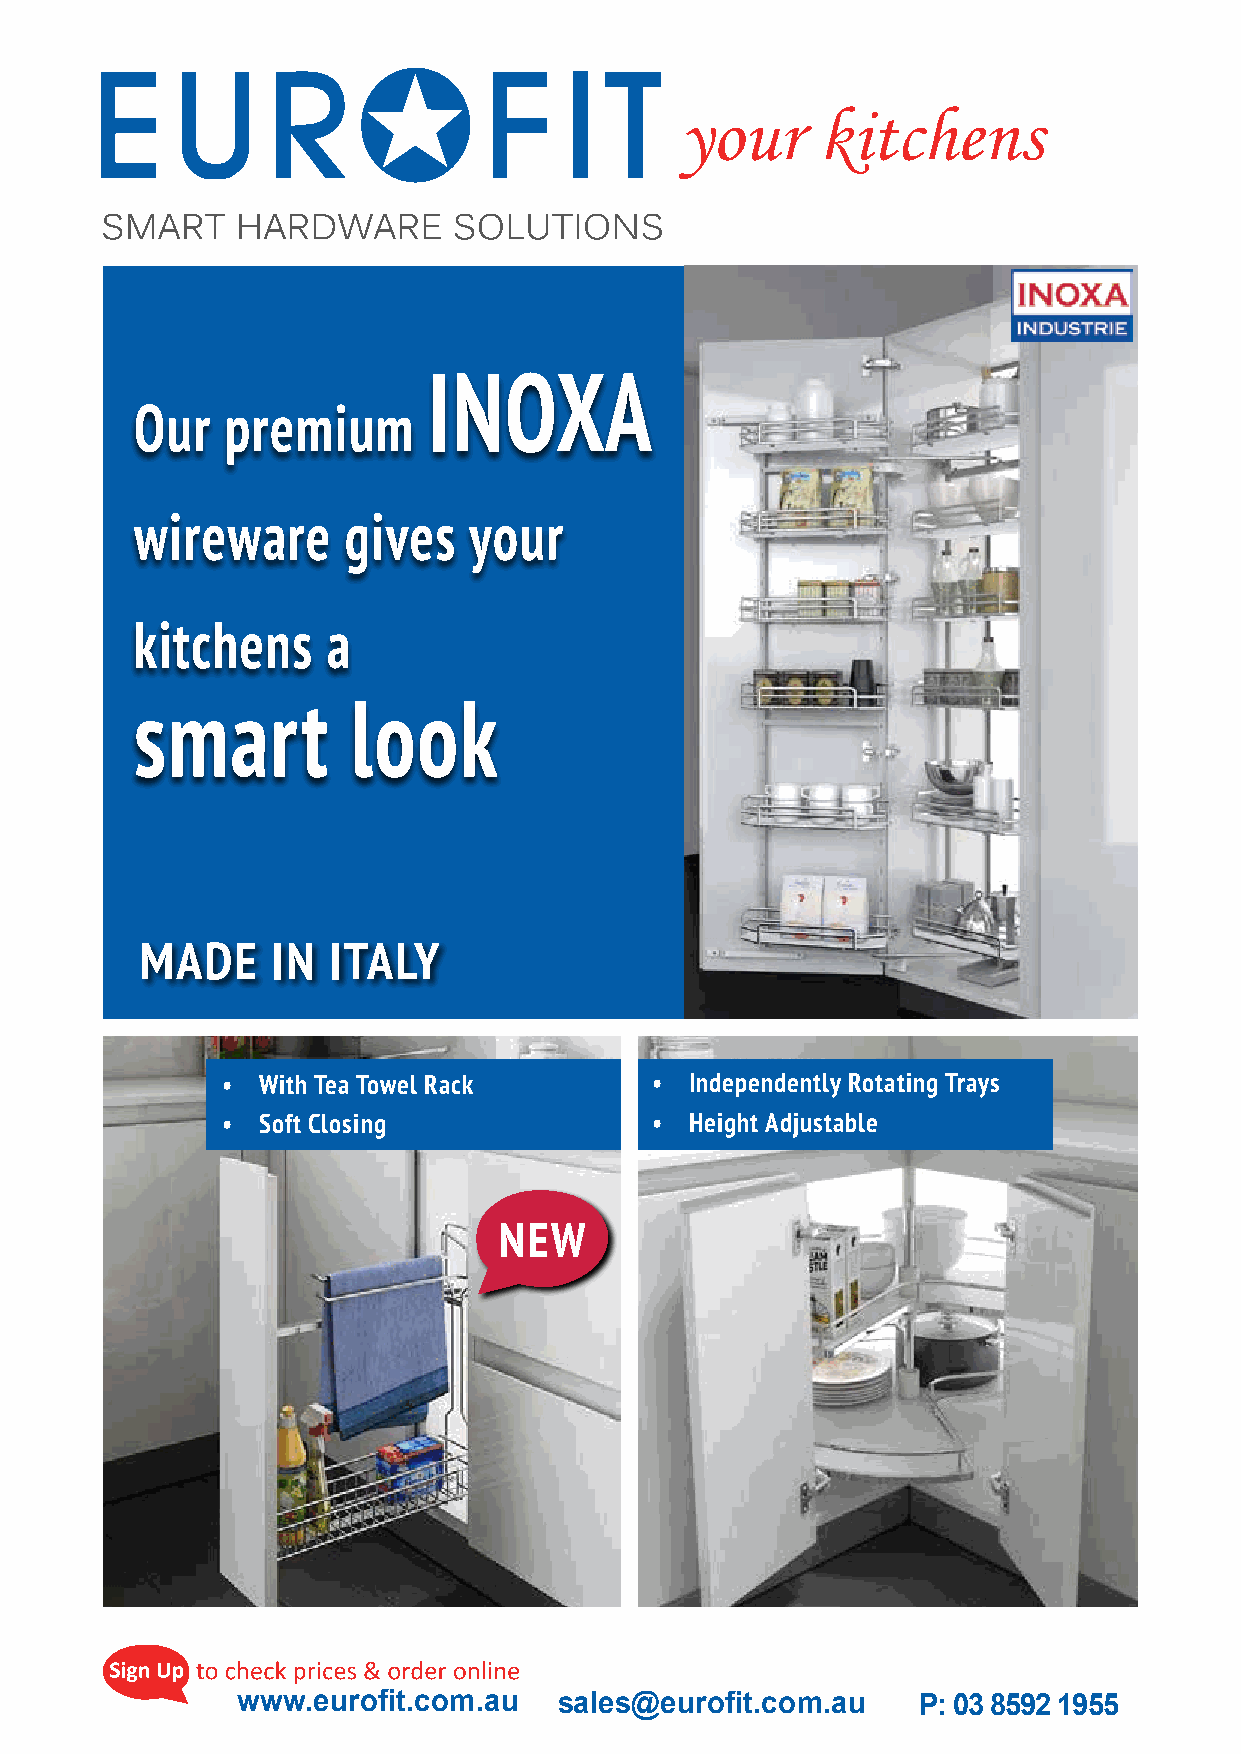
your     kitchens
 INOXA
 Our   premium
 wireware      gives   your
 kitchens     a
 smart         look
 MADE     IN  ITALY
 • With Tea Towel Rack       •  Independently Rotating Trays
 • Soft Closing              •  Height Adjustable
 NEW
 www.eurofit.com.au   sales@eurofit.com.au    P: 03 8592 1955